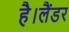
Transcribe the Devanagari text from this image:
है।लैंडर